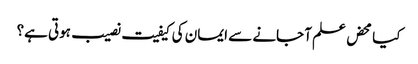
کیا محض علم آ جانے سے ایمان کی کیفیت نصیب ہوتی ہے؟